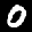
Label: 0